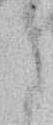
さ